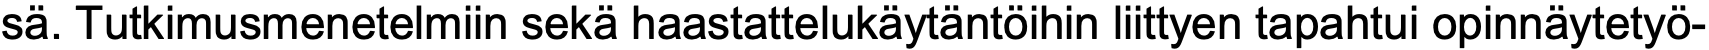
sä. Tutkimusmenetelmiin sekä haastattelukäytäntöihin liittyen tapahtui opinnäytetyö-